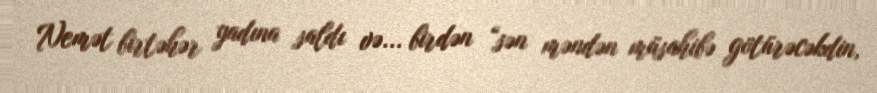
Nemət birtəhər yadına saldı və... birdən “sən məndən müsahibə götürəcəkdin,